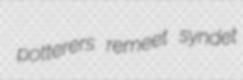
potterers remeet syndet